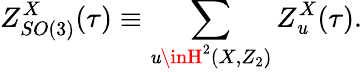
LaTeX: Z_{SO(3)}^{X}(\tau)\equiv\sum_{\mathit{u}\inH^{2}(X,Z_{2})}Z_{\mathit{u}}^{X}(\tau).